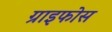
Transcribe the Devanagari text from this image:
ग्राइफोस